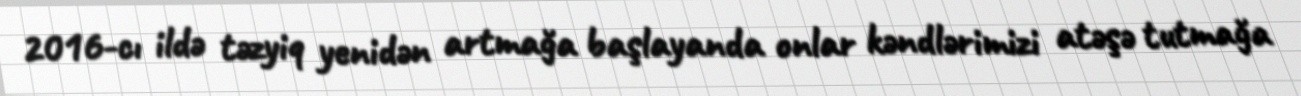
2016-cı ildə təzyiq yenidən artmağa başlayanda onlar kəndlərimizi atəşə tutmağa